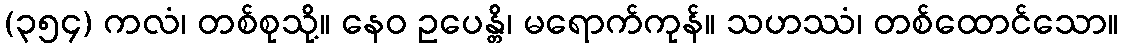
(၃၅၄) ကလံ၊ တစ်စုသို့။ နေဝ ဥပေန္တိ၊ မရောက်ကုန်။ သဟဿံ၊ တစ်ထောင်သော။